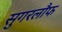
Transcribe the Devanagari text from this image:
सुगरलौफ